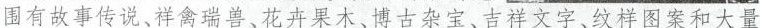
围有故事传说、样禽瑞兽、花卉果木、博古杂宝、吉祥文字、纹样图案和大量